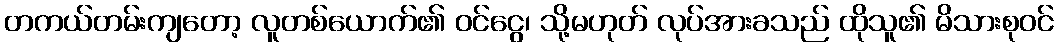
တကယ်တမ်းကျတော့ လူတစ်ယောက်၏ ဝင်ငွေ၊ သို့မဟုတ် လုပ်အားခသည် ထိုသူ၏ မိသားစုဝင်